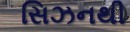
સિઝનથી